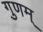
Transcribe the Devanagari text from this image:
गुणम्